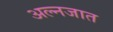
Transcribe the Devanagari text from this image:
अल्नजात